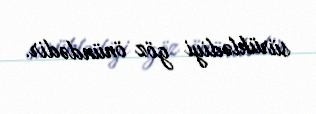
sürüklədiyi göz önündədir.